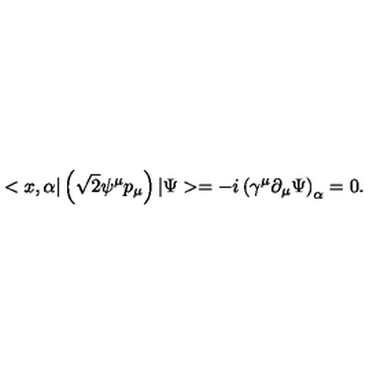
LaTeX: < x , \alpha | \left( \sqrt { 2 } \psi ^ { \mu } p _ { \mu } \right) | \Psi > = - i \left( \gamma ^ { \mu } \partial _ { \mu } \Psi \right) _ { \alpha } = 0 .